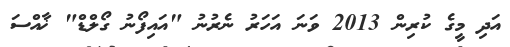
އަދި މީގެ ކުރިން 2013 ވަނަ އަހަރު ނެރުނު "އައިފޯނު ގޯލްޑް" ޚާއްސަ